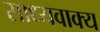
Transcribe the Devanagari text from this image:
साध्यवाक्य